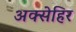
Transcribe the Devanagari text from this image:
अक्सेहिर